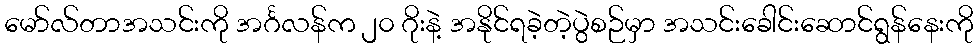
မော်လ်တာအသင်းကို အင်္ဂလန်က ၂၀ ဂိုးနဲ့ အနိုင်ရခဲ့တဲ့ပွဲစဉ်မှာ အသင်းခေါင်းဆောင်ရွန်နေးကို